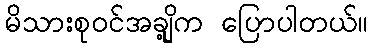
မိသားစုဝင်အချို့က ပြောပါတယ်။